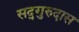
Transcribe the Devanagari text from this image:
सद्‌गुरुदास